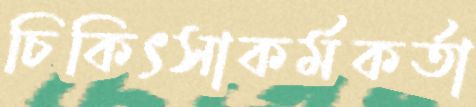
চিকিৎসাকর্মকর্তা